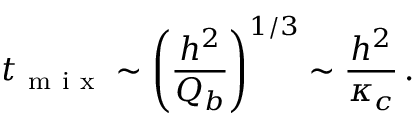
t _ { \mathrm { ~ m ~ i ~ x ~ } } \sim \left( \frac { h ^ { 2 } } { Q _ { b } } \right) ^ { 1 / 3 } \sim \frac { h ^ { 2 } } { \kappa _ { c } } \, .